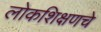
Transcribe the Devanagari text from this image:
लोकशिक्षणचे